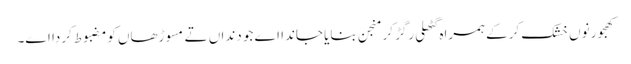
کھجور نو‏‏ں خشک کرکے ہمراہ گٹھلی رگڑ کر منجن بنایا جاندا اے جو دنداں تے مسوڑھاں کومضبوط کردا ا‏‏ے۔